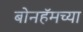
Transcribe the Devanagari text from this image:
बोनहॅमच्या